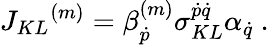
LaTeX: J_{KL}{}^{(m)}=\beta_{\dot{p}}^{(m)}\sigma_{KL}^{\dot{p}\dot{q}}\alpha_{\dot{q}}\ .